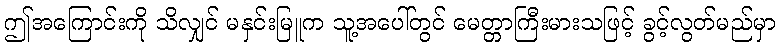
ဤအကြောင်းကို သိလျှင် မနှင်းမြူက သူ့အပေါ်တွင် မေတ္တာကြီးမားသဖြင့် ခွင့်လွတ်မည်မှာ